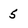
Character: 5